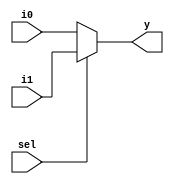
module mux2x1(input sel,i1,i0,output y);

assign y = sel? i1:i0;
endmodule

module mux4x1(input s1,s0,i3,i2,i1,i0,output out);

wire y1,y0;

mux2x1 m1(s1,i1,i0,y0);
mux2x1 m2(s1,i3,i2,y1);
mux2x1 m3(s0,y1,y0,out);

endmodule


//test bench

module mux4x1_tb;

reg s1,s0,i3,i2,i1,i0;
wire out;

mux4x1 mx(.i0(i0),.i1(i1),.i2(i2),.i3(i3),.s1(s1),.s0(s0),.out(out));

initial begin


i0=1;
i1=0;
i2=1;
i3=0;
s0=0; s1=0; #10;
s0=0; s1=1; #10;
s0=1; s1=0; #10;
s0=1; s1=1; #10;


end
endmodule